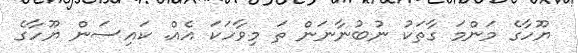
ޔޫހާގެ މަންމަ ގާތަކު ނުބުނާނަން ތަ މިވާހަކަ އެއް. ކައިސަން ޔޫހާގެ